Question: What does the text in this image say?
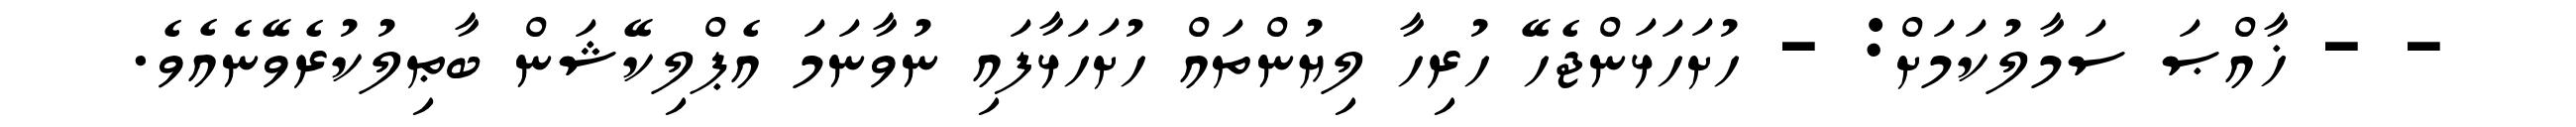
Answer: - - ޚާއްޞަ ސަމާލުކަމަށް: - ހުށަހަޅަންޖެހޭ ހުރިހާ ލިޔުންތައް ހުށަހަޅާފައި ނުވާނަމަ އެޕްލިކޭޝަން ބާޠިލުކުރެވޭނެއެވެ.